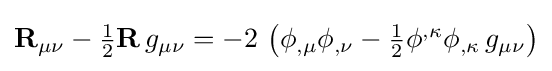
{\mathbf {R} }_{\mu \nu }-\textstyle {\frac {1}{2}}{\mathbf {R} }\,g_{\mu \nu }=-2\,\left(\phi _{,\mu }\phi _{,\nu }-\textstyle {\frac {1}{2}}\phi ^{,\kappa }\phi _{,\kappa }\,g_{\mu \nu }\right)